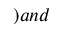
) a n d